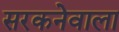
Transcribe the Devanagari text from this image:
सरकनेवाला